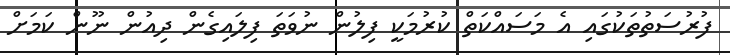
ފުރުސަތުތަކުގައި އެ މަސައްކަތް ކުރުމަކީ ފިލުން ނުވަތަ ފިލައިގެން ދިއުން ނޫން ކަމަށް